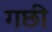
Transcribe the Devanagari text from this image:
गछी